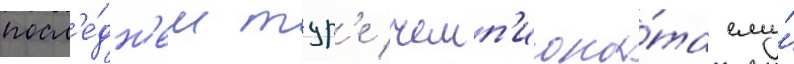
посл'е́дн'ем тур'е чемп'иона́та ему́